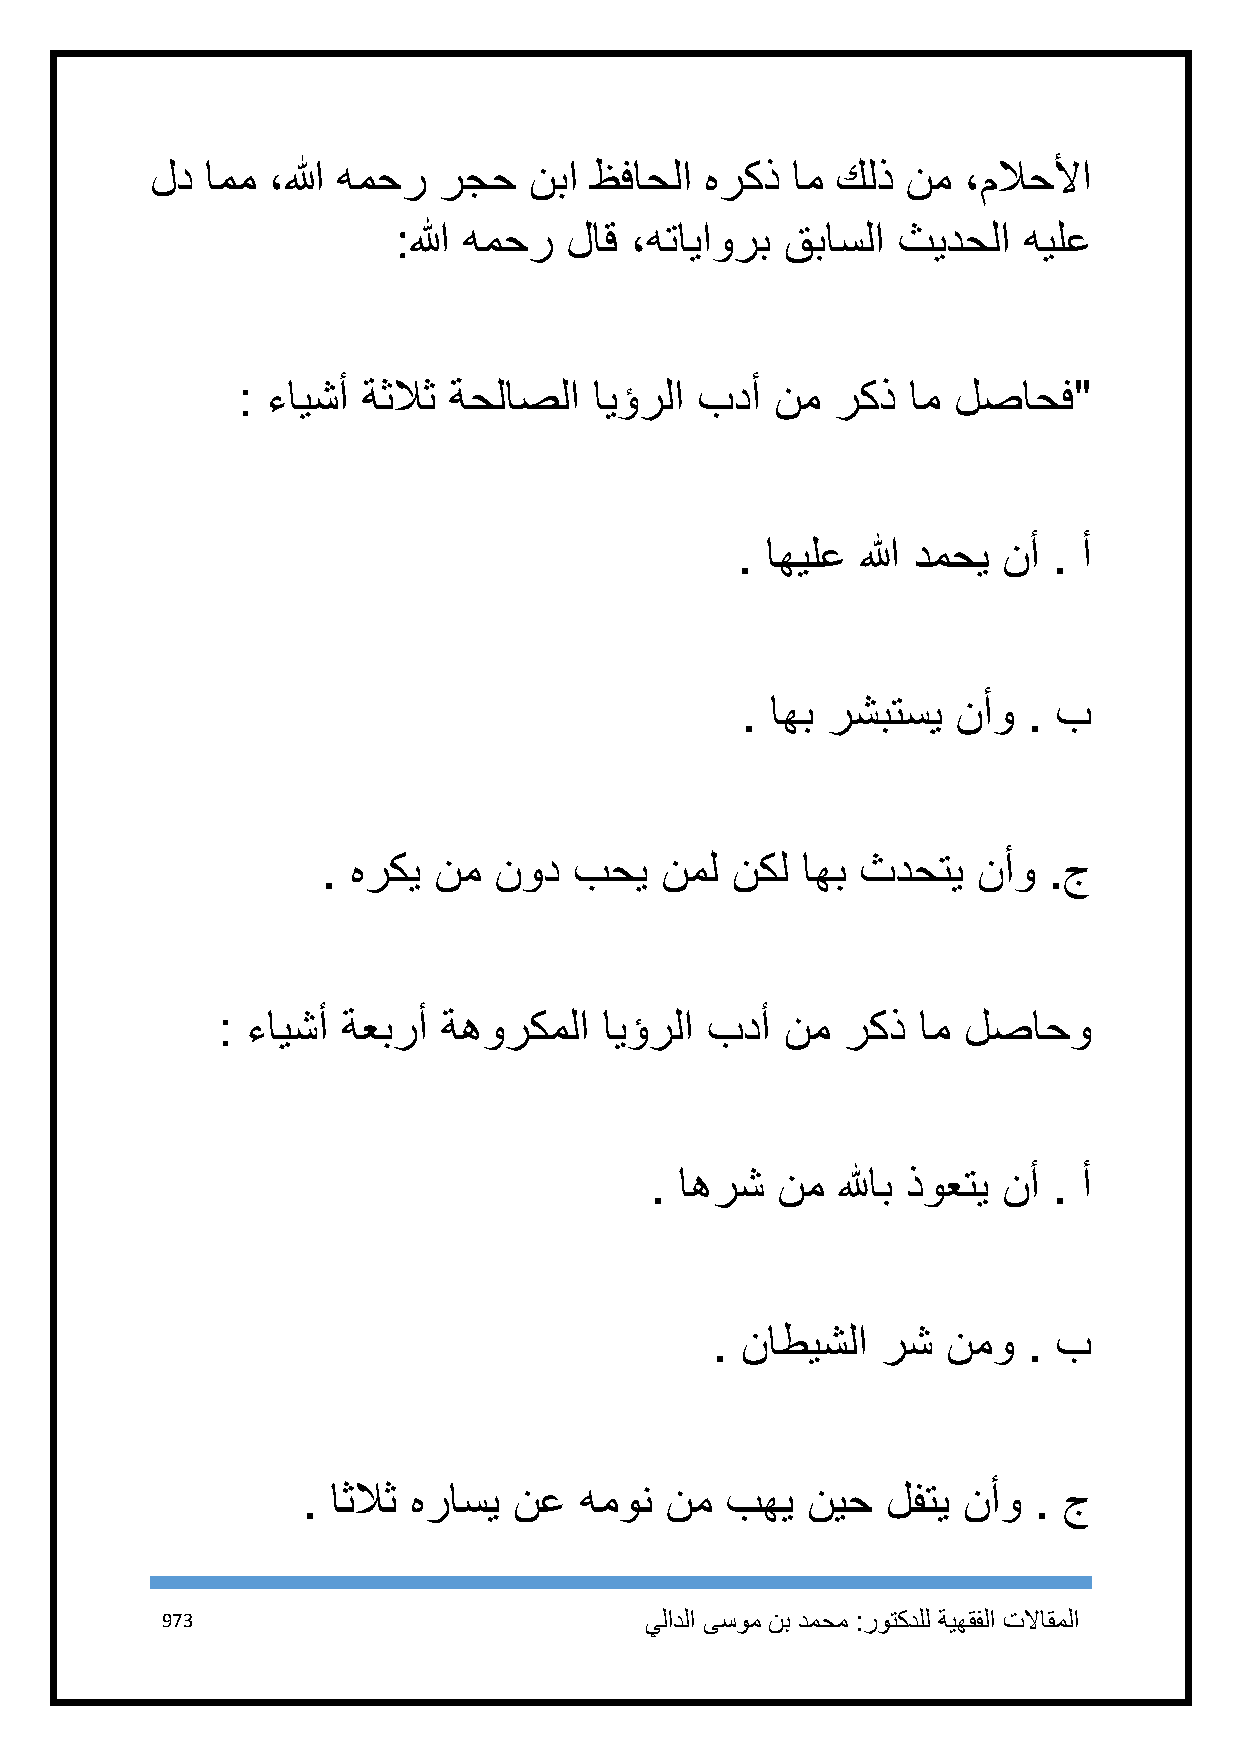
لد  امم ،الله همحر رجح   نبا ظفاحلا  هركذ ام كلذ  نم  ،ملاحلأا
 :الله همحر لاق  ،هتاياورب قباسلا ثيدحلا   هيلع
 : ءايشأ ةثلاث ةحلاصلا  ايؤرلا بدأ  نم  ركذ  ام لصاحف"
 . اهيلع الله دمحي نأ . أ
 . اهب رشبتسي  نأو  . ب
 . هركي  نم  نود  بحي   نمل نكل  اهب ثدحتي   نأو .ج
 : ءايشأ  ةعبرأ ةهوركملا   ايؤرلا بدأ  نم  ركذ  ام لصاحو
 . اهرش  نم  للهاب ذوعتي نأ . أ
 . ناطيشلا  رش   نمو  . ب
 . اثلاث هراسي نع  همون  نم  بهي  نيح   لفتي نأو  . ج
 973                             يلادلا ىسوم نب دمحم :روتكدلل ةيهقفلا تلااقملا